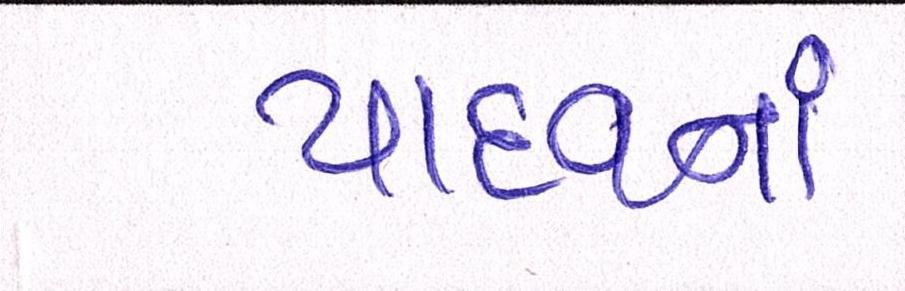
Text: યાદવનાં